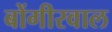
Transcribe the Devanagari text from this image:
बोंगीरवाल